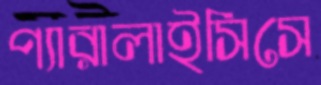
প্যারালাইসিসে